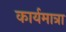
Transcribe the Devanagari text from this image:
कार्यमात्रा